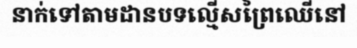
នាក់ទៅតាមដានបទល្មើសព្រៃឈើនៅ